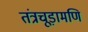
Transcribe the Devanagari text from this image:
तंत्रचूड़ामणि